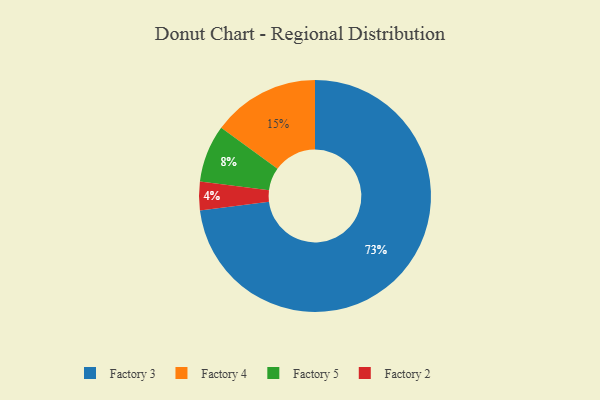
{"axis": {"x": "Category", "y": "Percentage"}, "legend": ["Factory 2", "Factory 3", "Factory 4", "Factory 5"], "data": [{"x": "Factory 2", "y": 4, "type": "Factory 2"}, {"x": "Factory 4", "y": 15, "type": "Factory 4"}, {"x": "Factory 5", "y": 8, "type": "Factory 5"}, {"x": "Factory 3", "y": 73, "type": "Factory 3"}]}